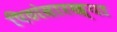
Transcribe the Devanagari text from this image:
पिठांसारख्या